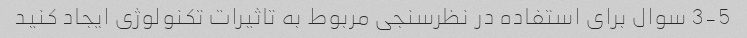
3-5 سوال برای استفاده در نظرسنجی مربوط به تاثیرات تکنولوژی ایجاد کنید